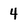
Character: 4